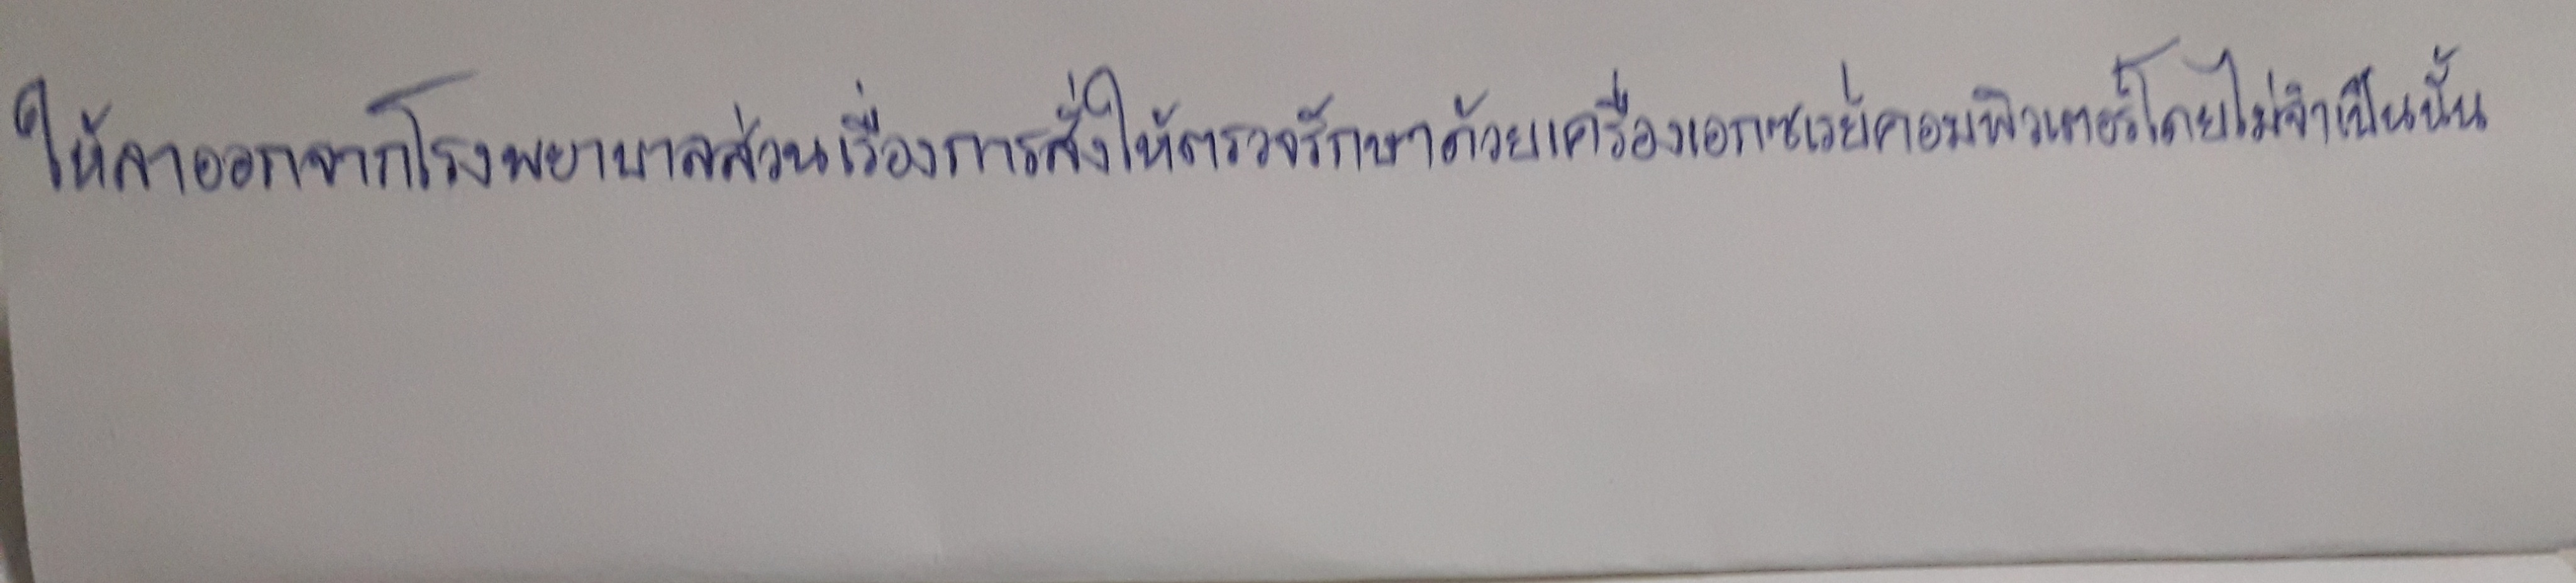
ให้ลาออกจากโรงพยาบาลส่วนเรื่องการสั่งให้ตรวจรักษาด้วยเครื่องเอกซเรย์คอมพิวเตอร์โดยไม่จำเป็นนั้น